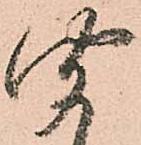
聞